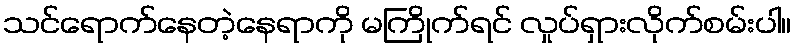
သင်ရောက်နေတဲ့နေရာကို မကြိုက်ရင် လှုပ်ရှားလိုက်စမ်းပါ။